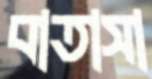
বাতাসা